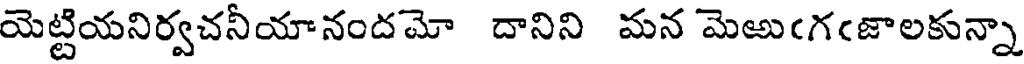
యెట్టియనిర్వచనీయానందమో దానిని మన మెఱుఁగఁజాలకున్నా